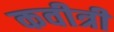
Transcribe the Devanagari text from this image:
कवीत्री